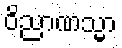
ဝိညာဏသ္မာ